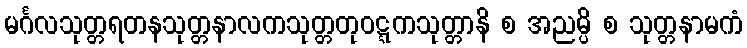
မင်္ဂလသုတ္တရတနသုတ္တနာလကသုတ္တတုဝဋ္ဋကသုတ္တာနိ စ အညမ္ပိ စ သုတ္တနာမကံ